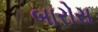
બારોસ